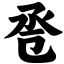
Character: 卺